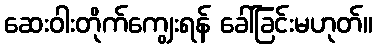
ဆေးဝါးတိုက်ကျွေးရန် ခေါ်ခြင်းမဟုတ်။